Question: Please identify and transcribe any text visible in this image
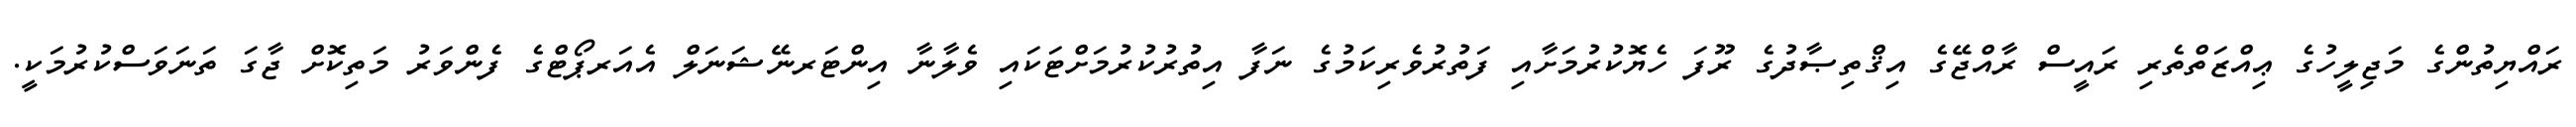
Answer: ރައްޔިތުންގެ މަޖިލީހުގެ ޢިއްޒަތްތެރި ރައީސް ރާއްޖޭގެ އިޤްތިޞާދުގެ ރޫފަ ހެޔޮކުރުމަށާއި ފަތުރުވެރިކަމުގެ ނަފާ އިތުރުކުރުމަށްޓަކައި ވެލާނާ އިންޓަރނޭޝަނަލް އެއަރޕޯޓްގެ ފެންވަރު މަތިކޮށް ޖާގަ ތަނަވަސްކުރުމަކީ.